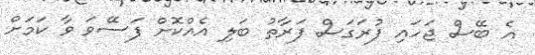
އެ ބޭސް ޖަހައި ފުރަގަސް ފަރާތު ބަލި އެއްކޮށް ފަސޭވަ ވާ ކަމަށް